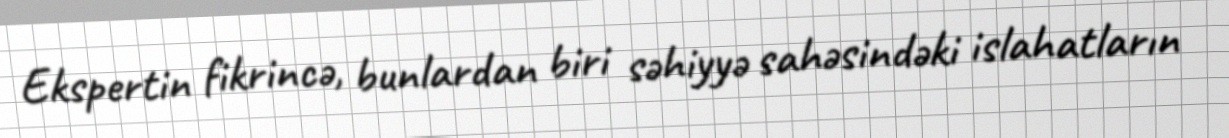
Ekspertin fikrincə, bunlardan biri səhiyyə sahəsindəki islahatların